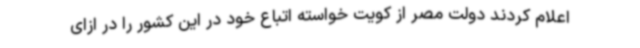
اعلام کردند دولت مصر از کویت خواسته اتباع خود در این کشور را در ازای